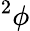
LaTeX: ^2\phi